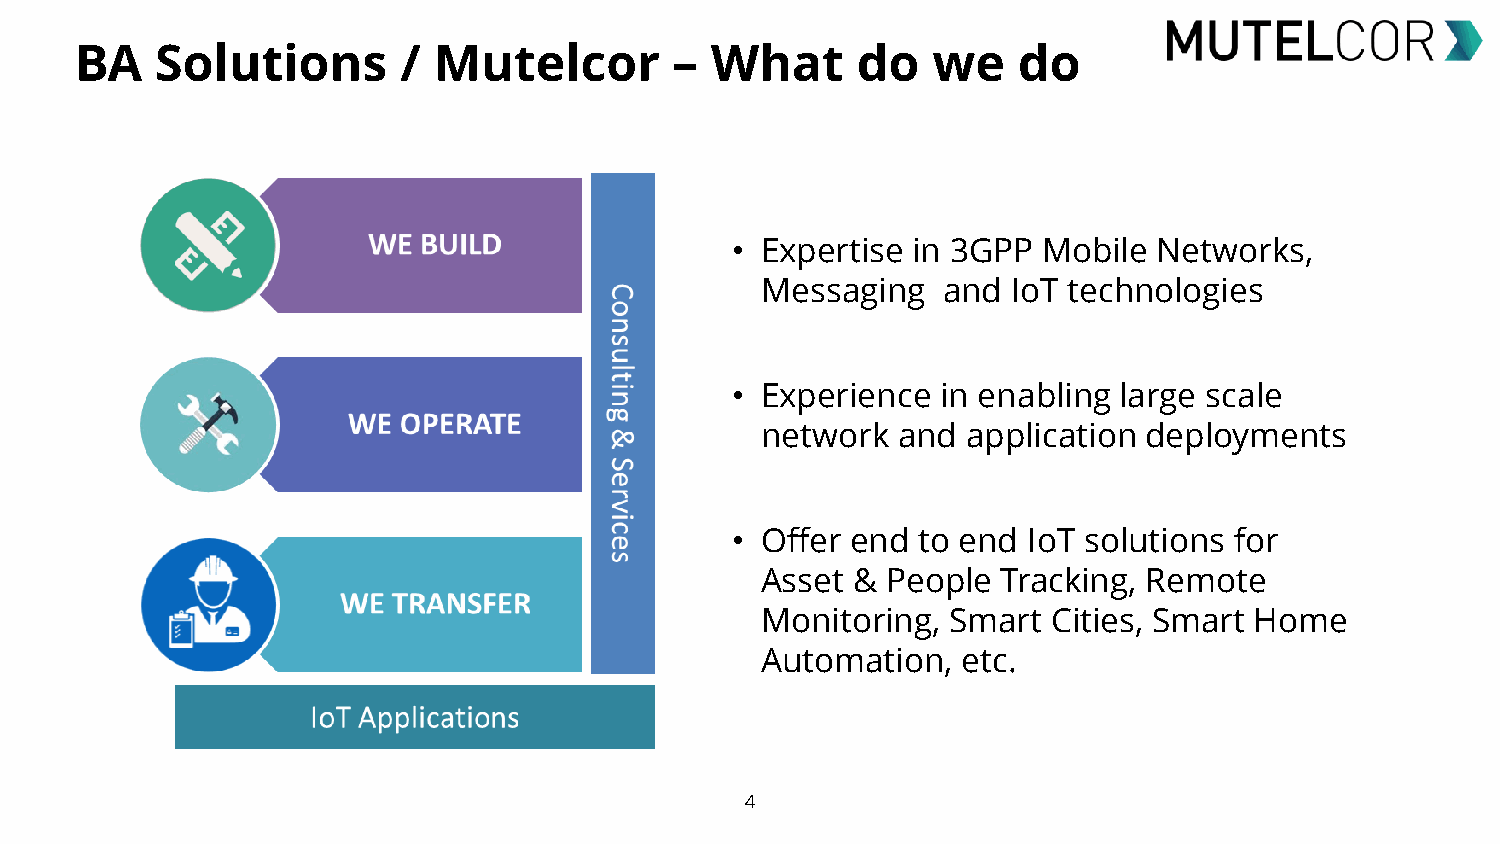
BA   Solutions       /  Mutelcor        – What      do   we   do
 • Expertise in 3GPP  Mobile  Networks,
 Messaging   and  IoT technologies
 • Experience  in enabling large scale
 network  and  application deployments
 • Offer end  to end IoT solutions for
 Asset &  People Tracking, Remote
 Monitoring,  Smart  Cities, Smart Home
 Automation,   etc.
 4